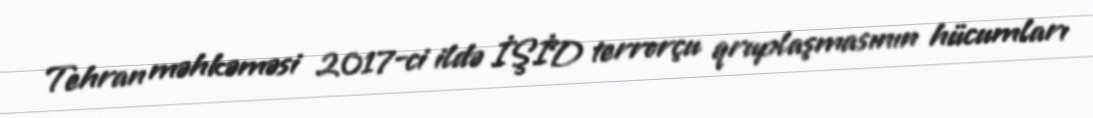
Tehran məhkəməsi 2017-ci ildə İŞİD terrorçu qruplaşmasının hücumları